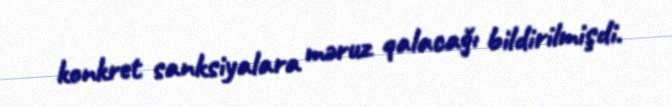
konkret sanksiyalara məruz qalacağı bildirilmişdi.